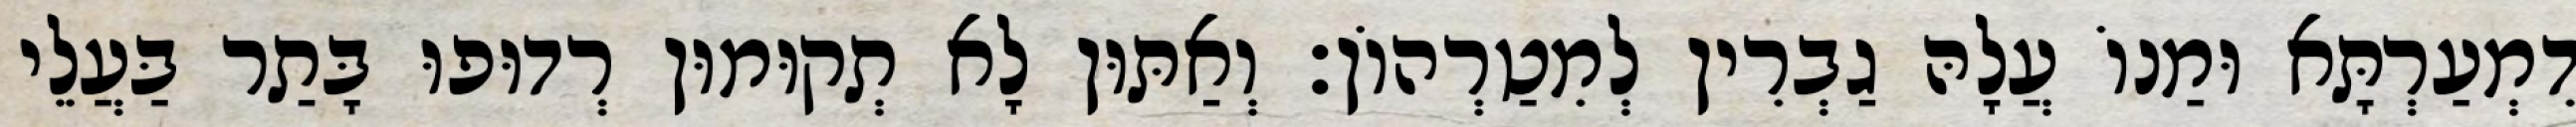
דִמְעַרְתָּא וּמַנוֹ עֲלָהּ גַבְרִין לְמִטַרְהוֹן׃ וְאַתּוּן לָא תְקוּמוּן רְדוּפוּ בָּתַר בַּעֲלֵי